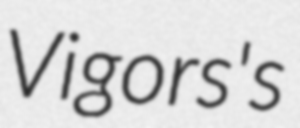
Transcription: Vigors's